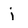
Character: j